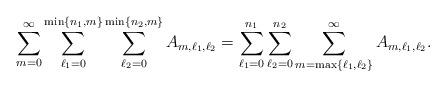
LaTeX: \begin{align*}\sum_{m=0}^{\infty}\sum_{\ell_1=0}^{\min\{n_1,m\}}\sum_{\ell_2=0}^{\min\{n_2,m\}}A_{m,\ell_1,\ell_2}=\sum_{\ell_1=0}^{n_1}\sum_{\ell_2=0}^{n_2}\sum_{m=\max\{\ell_1,\ell_2\}}^{\infty}A_{m,\ell_1,\ell_2}.\end{align*}